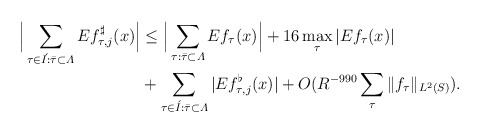
\begin{align*} \Big|\sum_{\tau \in \acute I: \bar\tau \subset \varLambda} Ef_{\tau,j}^{\sharp}(x) \Big| &\le \Big|\sum_{\tau: \bar\tau \subset \varLambda} Ef_\tau(x) \Big| + 16\max_{\tau} |Ef_\tau(x)| \\&+ \sum_{\tau \in \acute I: \bar\tau \subset \varLambda} |Ef_{\tau,j}^{\flat}(x)| + O(R^{-990}\sum_{\tau}\|f_\tau\|_{L^2(S)}) .\end{align*}